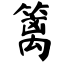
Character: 篱